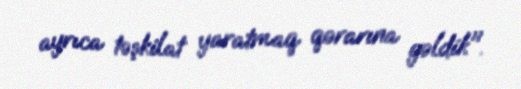
ayrıca təşkilat yaratmaq qərarına gəldik".